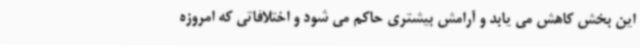
این بخش کاهش می یابد و آرامش بیشتری حاکم می شود و اختلافاتی که امروزه